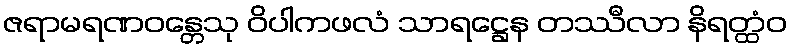
ဇရာမရဏဝန္တေသု ဝိပါကဖလံ သာရဋ္ဌေန တဿီလာ နိရတ္ထံဝ